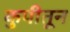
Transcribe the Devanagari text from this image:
कुपीतून